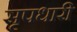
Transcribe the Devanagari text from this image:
सृपधारी